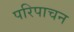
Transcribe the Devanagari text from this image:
परिपाचन